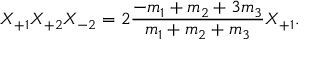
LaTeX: X _ { + 1 } X _ { + 2 } X _ { - 2 } = 2 \frac { - m _ { 1 } + m _ { 2 } + 3 m _ { 3 } } { m _ { 1 } + m _ { 2 } + m _ { 3 } } X _ { + 1 } .